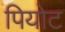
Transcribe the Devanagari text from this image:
पियोट